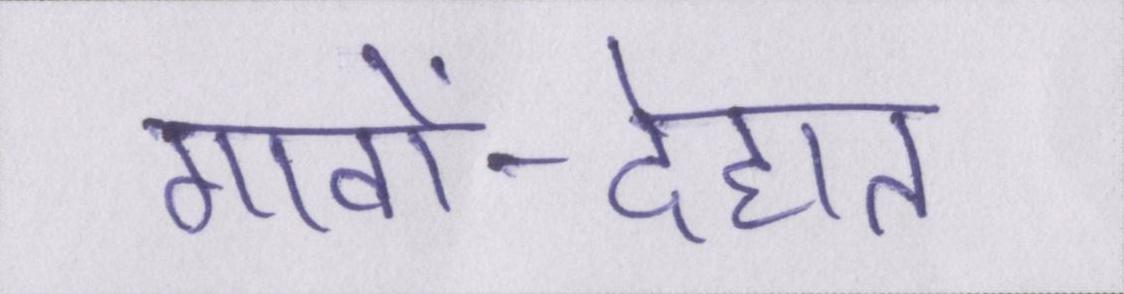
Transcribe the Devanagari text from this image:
गावों-देहात